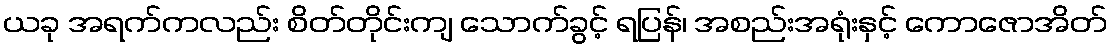
ယခု အရက်ကလည်း စိတ်တိုင်းကျ သောက်ခွင့် ရပြန်၊ အစည်းအရုံးနှင့် ကောဇောအိတ်